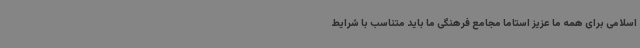
اسلامی برای همه ما عزیز استاما مجامع فرهنگی ما باید متناسب با شرایط